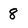
Character: 8